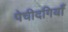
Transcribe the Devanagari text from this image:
पेचीदगियाँ